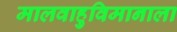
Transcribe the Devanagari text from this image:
मालवाहुविमानाला